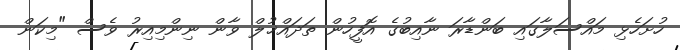
ހުށަހެޅި މައްސަލާގައި ބަންޑާރަ ނާއިބުގެ އޮފީހުން ތަދައްޚުލް ވާން ނިންމިއިރު ވެސް "މިކަން